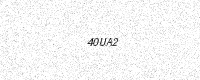
Text: 40UA2